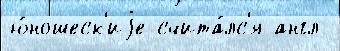
ю́ношеск'иjе счита́лс'я англ